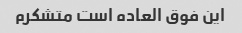
این فوق العاده است متشکرم